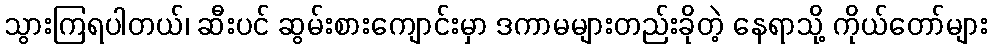
သွားကြရပါတယ်၊ ဆီးပင် ဆွမ်းစားကျောင်းမှာ ဒကာမများတည်းခိုတဲ့ နေရာသို့ ကိုယ်တော်များ